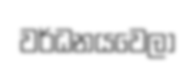
වර්ධනයවෙලා